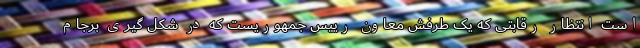
است انتظار رقابتی که یک طرفش معاون رییس جمهوریست که در شکل گیری برجام